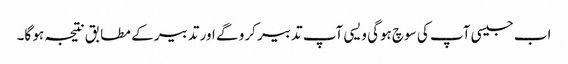
اب جیسی آپ کی سوچ ہوگی ویسی آپ تدبیر کرو گے اور تدبیر کے مطابق نتیجہ ہو گا۔